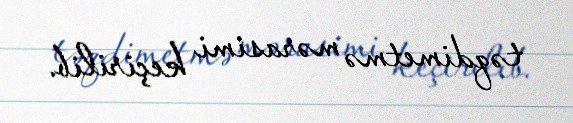
təqdimetmə mərasimi keçirilib.